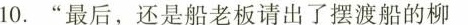
10.”最后，还是船老板请出了摆渡船的柳